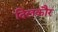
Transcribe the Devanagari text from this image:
दिलकौर